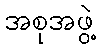
အစုအဖွဲ့